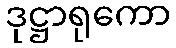
ဒုဋ္ဌာရုကော